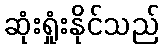
ဆုံးရှုံးနိုင်သည်